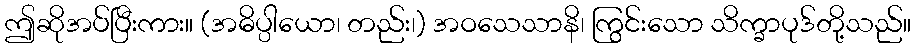
ဤဆိုအပ်ပြီးကား။ (အဓိပ္ပါယော၊ တည်း၊) အဝသေသာနိ၊ ကြွင်းသော သိက္ခာပုဒ်တို့သည်။